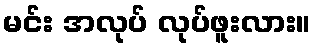
မင်း အလုပ် လုပ်ဖူးလား။